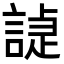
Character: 𧪌